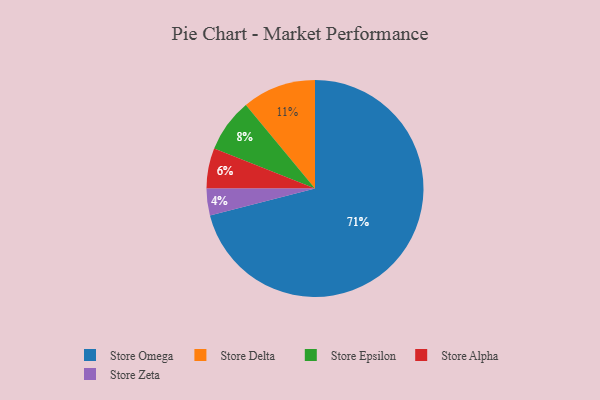
{"axis": {"x": "Category", "y": "Percentage"}, "legend": ["Store Alpha", "Store Delta", "Store Epsilon", "Store Omega", "Store Zeta"], "data": [{"x": "Store Epsilon", "y": 8, "type": "Store Epsilon"}, {"x": "Store Omega", "y": 71, "type": "Store Omega"}, {"x": "Store Zeta", "y": 4, "type": "Store Zeta"}, {"x": "Store Alpha", "y": 6, "type": "Store Alpha"}, {"x": "Store Delta", "y": 11, "type": "Store Delta"}]}